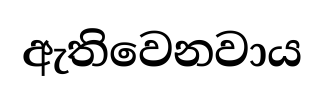
ඇතිවෙනවාය